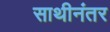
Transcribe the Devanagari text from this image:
साथीनंतर